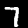
Label: 7